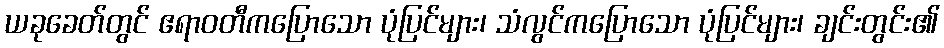
ယခုခေတ်တွင် ဧရာဝတီကပြောသော ပုံပြင်များ၊ သံလွင်ကပြောသော ပုံပြင်များ၊ ချင်းတွင်း၏